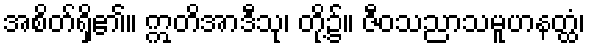
အစိတ်ရှိ၏။ ဣတိအာဒီသု၊ တို့၌။ ဇီဝသညာသမူဟနတ္ထံ၊